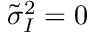
\tilde { \sigma } _ { I } ^ { 2 } = 0